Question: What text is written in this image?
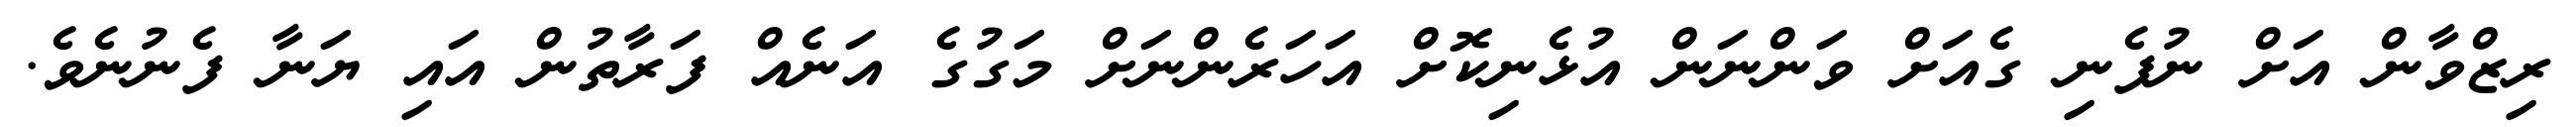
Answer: ރިޒްވާން އަށް ނުފެނި ގެއަށް ވަންނަން އުޅެނިކޮށް އަހަރެންނަށް މަގުގެ އަނެއް ފަރާތުން އައި ޔަނާ ފެނުނެވެ.